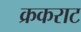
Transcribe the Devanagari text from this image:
क्रकराट